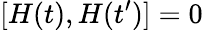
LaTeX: [H(t),H(t^{\prime})]=0